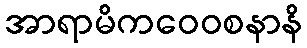
အာရာမိကဝေဝစနာနိ